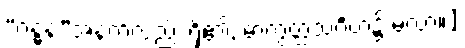
“ဂန္ဓန”အနက်လည်း ရှိ၏, ဓာတွတ္ထသင်္ဂဟ၌ မလာ။]